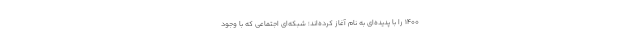
1400 را با پديده‌اي به نام آغاز كرده‌اند؛ شبكه‌اي اجتماعي كه با وجود